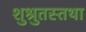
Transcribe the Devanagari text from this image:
शुश्रुतस्तथा